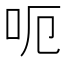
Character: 呃